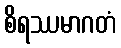
စိရဿမာဂတံ